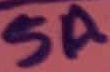
Text: 5A